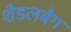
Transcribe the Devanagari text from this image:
शैडलबैग